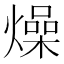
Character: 燥